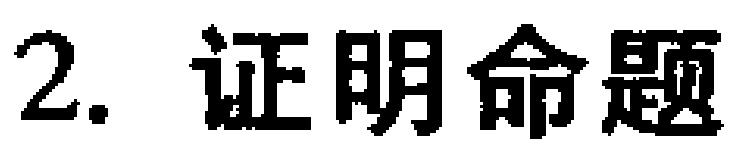
2. 证明命题